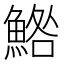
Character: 鯦